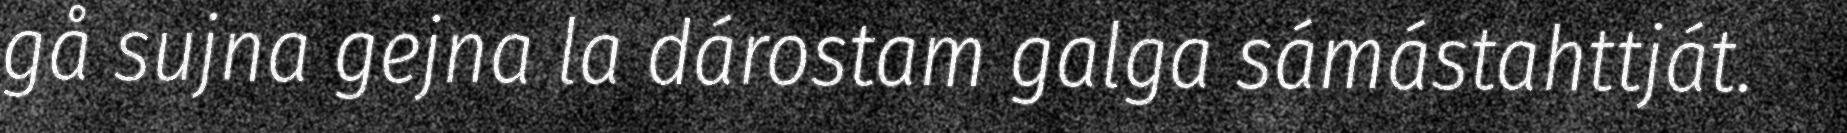
gå sujna gejna la dárostam galga sámástahttját.